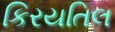
કિરયતિલ